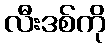
လီးဒစ်ကို